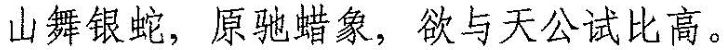
山舞银蛇，原驰蜡象，欲与天公试比高。